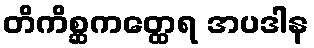
တိကိစ္ဆကတ္ထေရ အပဒါန